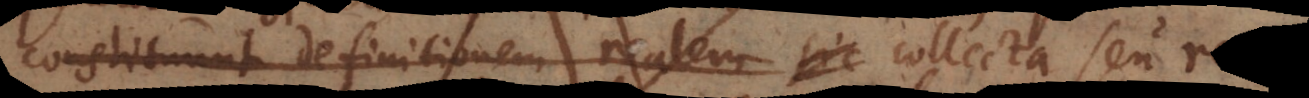
constituunt definitionem realem sic collecta ut rem